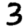
Digit: 3